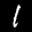
Label: 1